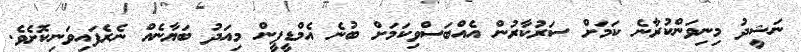
ނަޝީދު މިނިވަންކުރާނެ ކަމަށް ސަރުކާރުން އެއްބަސްވިކަމަށް ބުނެ އެމްޑީޕީން މިއަދު ބަޔާނެއް ނެރެފައިވަނިކޮށެވެ.